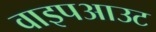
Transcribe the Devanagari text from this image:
वाइपआउट